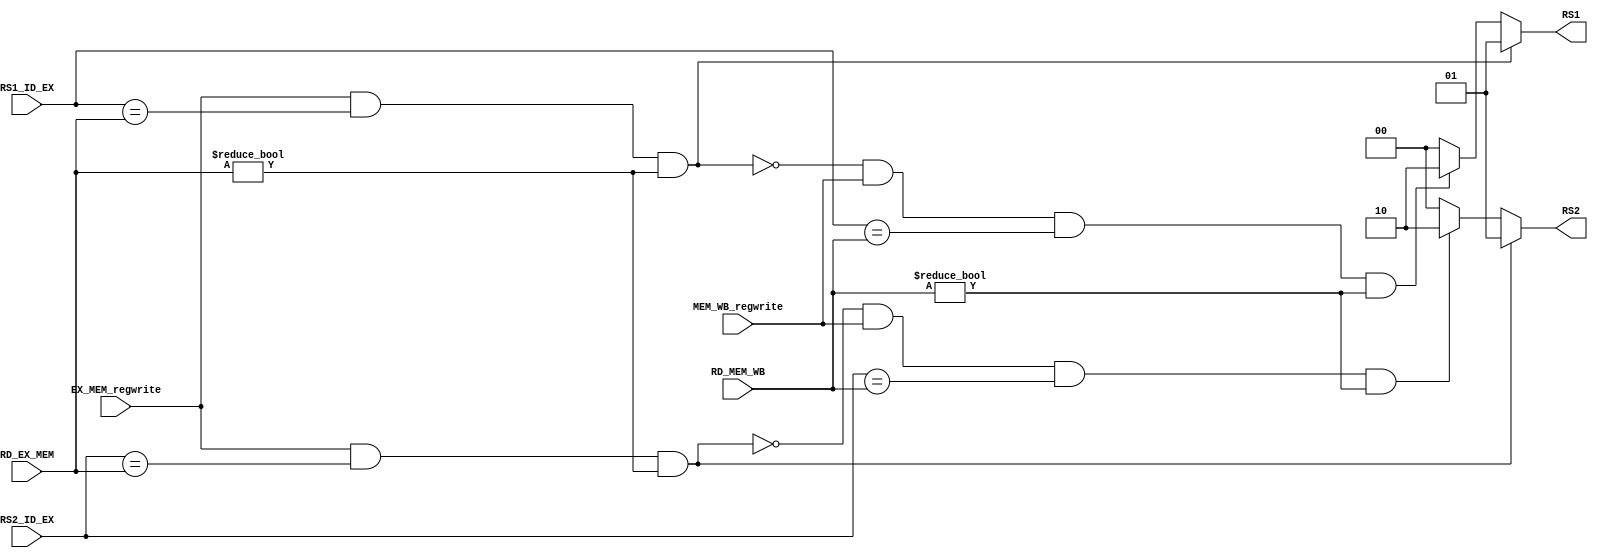
`timescale 1ns / 1ps
//////////////////////////////////////////////////////////////////////////////////
// Company: 
// Engineer: 
// 
// Design Name: 
// Module Name: forwarding_unit
// Project Name: 
// Target Devices: 
// Tool Versions: 
// Description: 
// 
// Dependencies: 
// 
// Revision:
// Revision 0.01 - File Created
// Additional Comments:
// 
//////////////////////////////////////////////////////////////////////////////////


module forwarding_unit(
input [4:0]RS1_ID_EX,
input[4:0]RS2_ID_EX,
input [4:0]RD_EX_MEM,
input[4:0]RD_MEM_WB,
input EX_MEM_regwrite,
input MEM_WB_regwrite,
output reg [1:0]RS1,
output reg [1:0]RS2

    );
    
    
    always @(*)
     begin
     if ((EX_MEM_regwrite==1)&&(RS1_ID_EX==RD_EX_MEM)&&(RD_EX_MEM!=0))
       begin
            RS1=2'b01;
            if ((EX_MEM_regwrite==1)&&(RS2_ID_EX==RD_EX_MEM)&&(RD_EX_MEM!=0))
             begin
                RS2=2'b01;
             end
            else if ((~((EX_MEM_regwrite==1)&&(RS2_ID_EX==RD_EX_MEM)&&(RD_EX_MEM!=0)))&&(MEM_WB_regwrite==1)&&(RS2_ID_EX==RD_MEM_WB)&&(RD_MEM_WB!=0))
                RS2=2'b10;
            else 
                RS2=2'b00;  
       end 
       
      else if ((EX_MEM_regwrite==1)&&(RS2_ID_EX==RD_EX_MEM)&&(RD_EX_MEM!=0))
       begin
            RS2=2'b01;
            if ((~((EX_MEM_regwrite==1)&&(RS1_ID_EX==RD_EX_MEM)&&(RD_EX_MEM!=0)))&&(MEM_WB_regwrite==1)&&(RS1_ID_EX==RD_MEM_WB)&&(RD_MEM_WB!=0))
             begin
                RS1=2'b10;
             end
            else 
                RS1=2'b00;
       end 
         
       else if((~((EX_MEM_regwrite==1)&&(RS2_ID_EX==RD_EX_MEM)&&(RD_EX_MEM!=0)))&&(MEM_WB_regwrite==1)&&(RS2_ID_EX==RD_MEM_WB)&&(RD_MEM_WB!=0))
             begin 
                RS2=2'b10;
                  if ((~((EX_MEM_regwrite==1)&&(RS1_ID_EX==RD_EX_MEM)&&(RD_EX_MEM!=0)))&&(MEM_WB_regwrite==1)&&(RS1_ID_EX==RD_MEM_WB)&&(RD_MEM_WB!=0))
                     begin
                        RS1=2'b10;
                     end
                else 
                RS1=2'b00;
              end
         
         else if ((~((EX_MEM_regwrite==1)&&(RS1_ID_EX==RD_EX_MEM)&&(RD_EX_MEM!=0)))&&(MEM_WB_regwrite==1)&&(RS1_ID_EX==RD_MEM_WB)&&(RD_MEM_WB!=0))
             begin
                RS1=2'b10;
                RS2=2'b00;
                end
            
         
                
         else 
           begin
           RS1=2'b00;
           RS2=2'b00;  
           end
      end   
         
         
         
//     else if((EX_MEM_regwrite==1)&&(RS2_ID_EX==RD_EX_MEM)&&(RD_EX_MEM!=0))
//       begin
//        RS1=2'b00;
//       RS2=2'b01;
//       end  
//     else if((~((EX_MEM_regwrite==1)&&(RS1_ID_EX==RD_EX_MEM)&&(RD_EX_MEM!=0)))&&(MEM_WB_regwrite==1)&&(RS1_ID_EX==RD_MEM_WB)&&(RD_MEM_WB!=0))
//        begin
//        RS1=2'b10;
//       RS1=2'b00;
//        end 
//        else if((~((EX_MEM_regwrite==1)&&(RS2_ID_EX==RD_EX_MEM)&&(RD_EX_MEM!=0)))&&(MEM_WB_regwrite==1)&&(RS2_ID_EX==RD_MEM_WB)&&(RD_MEM_WB!=0))
//          begin
//          RS1=2'b00;
//          RS2=2'b10;
//          end
//        else
//          begin
//          RS1=2'b00;
//          RS2=2'b00;
//          end
//     end
    
endmodule